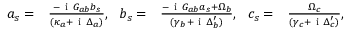
\begin{array} { r l r l } { a _ { s } = } & { { } \frac { - \mathrm { ~ i ~ } G _ { a b } b _ { s } } { ( \kappa _ { a } + \mathrm { ~ i ~ } \Delta _ { a } ) } , \ \ b _ { s } = } & { \frac { - \mathrm { ~ i ~ } G _ { a b } a _ { s } + \Omega _ { b } } { ( \gamma _ { b } + \mathrm { ~ i ~ } \Delta _ { b } ^ { \prime } ) } , \ \ c _ { s } = } & { { } \frac { \Omega _ { c } } { ( \gamma _ { c } + \mathrm { ~ i ~ } \Delta _ { c } ^ { \prime } ) } , } \end{array}